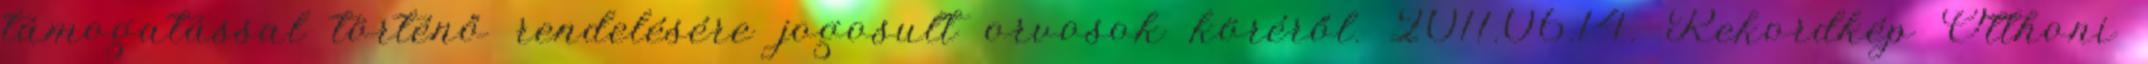
támogatással történő rendelésére jogosult orvosok köréről. 2011.06.14. Rekordkép Otthoni